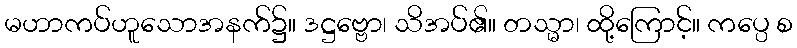
မဟာကပ်ဟူသောအနက်၌။ ဒဋ္ဌဗ္ဗော၊ သိအပ်၏။ တသ္မာ၊ ထို့ကြောင့်။ ကပ္ပေ စ